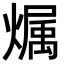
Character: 𪹳